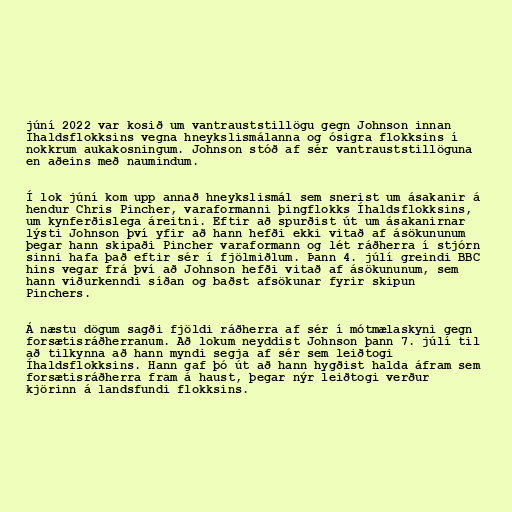
júní 2022 var kosið um vantrauststillögu gegn Johnson innan
Íhaldsflokksins vegna hneykslismálanna og ósigra flokksins í
nokkrum aukakosningum. Johnson stóð af sér vantrauststillöguna
en aðeins með naumindum.

Í lok júní kom upp annað hneykslismál sem snerist um ásakanir á
hendur Chris Pincher, varaformanni þingflokks Íhaldsflokksins,
um kynferðislega áreitni. Eftir að spurðist út um ásakanirnar
lýsti Johnson því yfir að hann hefði ekki vitað af ásökununum
þegar hann skipaði Pincher varaformann og lét ráðherra í stjórn
sinni hafa það eftir sér í fjölmiðlum. Þann 4. júlí greindi BBC
hins vegar frá því að Johnson hefði vitað af ásökununum, sem
hann viðurkenndi síðan og baðst afsökunar fyrir skipun
Pinchers.

Á næstu dögum sagði fjöldi ráðherra af sér í mótmælaskyni gegn
forsætisráðherranum. Að lokum neyddist Johnson þann 7. júlí til
að tilkynna að hann myndi segja af sér sem leiðtogi
Íhaldsflokksins. Hann gaf þó út að hann hygðist halda áfram sem
forsætisráðherra fram á haust, þegar nýr leiðtogi verður
kjörinn á landsfundi flokksins.